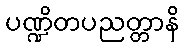
ပဏ္ဍိတပညတ္တာနိ